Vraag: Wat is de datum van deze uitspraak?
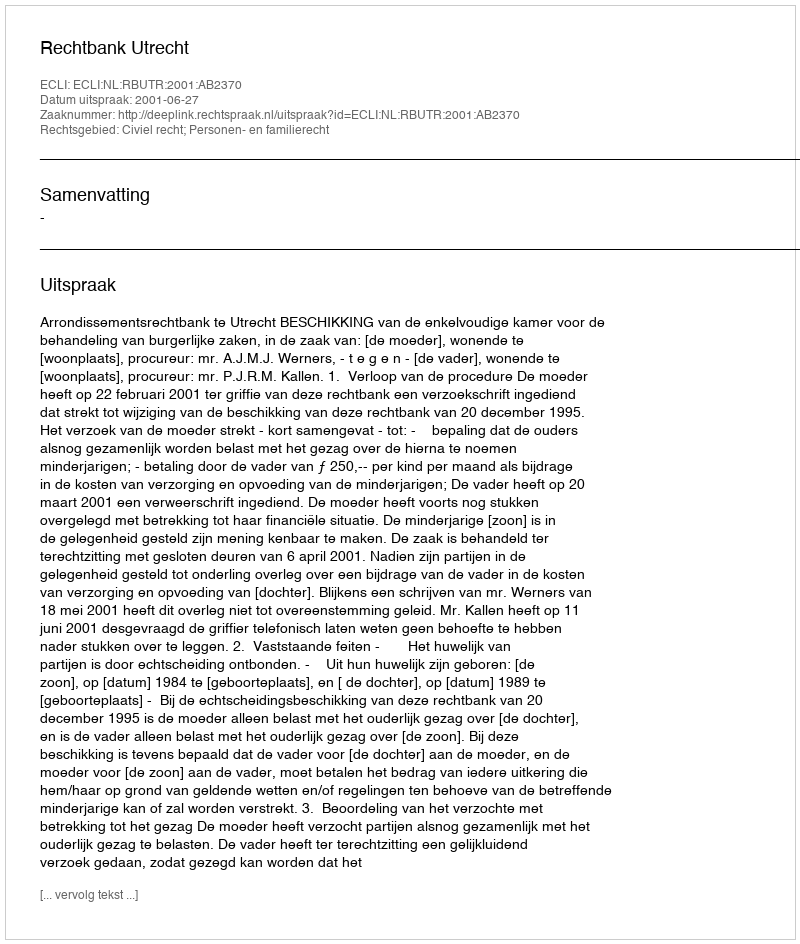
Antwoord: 2001-06-27